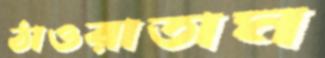
ঠাওরাতাম